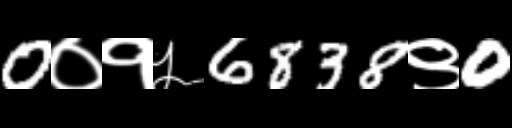
Text: 0०१५6838९0